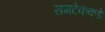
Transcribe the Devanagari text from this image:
रामटेककडे